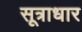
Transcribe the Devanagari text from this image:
सूत्राधार